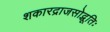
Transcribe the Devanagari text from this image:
शकारद्राजसोद्भूतिः